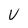
Character: V